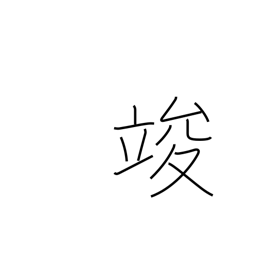
Meaning: end